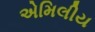
એમિલીય